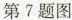
第7题图